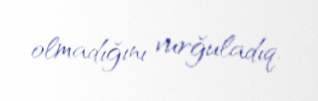
olmadığını vurğuladıq.